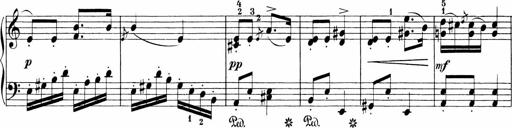
Title: Sonatinen Op.47, 98 und 136, nebst 6 Liedersonatinen
Composer: Carl Reinecke